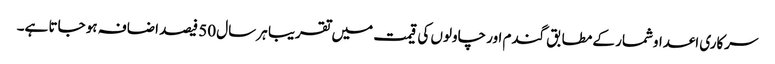
سرکاری اعداوشمار کے مطابق گندم اور چاولوں کی قیمت میں تقریبا ہر سال 50 فیصد اضافہ ہو جاتا ہے۔